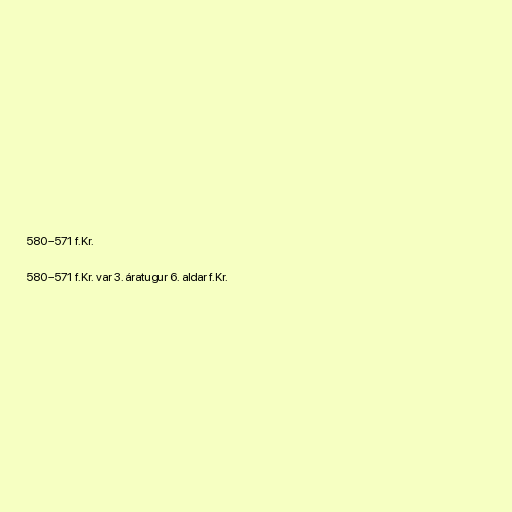
580–571 f.Kr.

580–571 f.Kr. var 3. áratugur 6. aldar f.Kr.